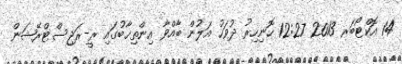
14 އޮކްޓޯބަރ 2013 12:27 ހޮނިހިރު ދުވަހު އަލުން ބާއްވާ އިންތިޚާބުގައި ރީ-ރަޖިސްޓްރޭޝަން